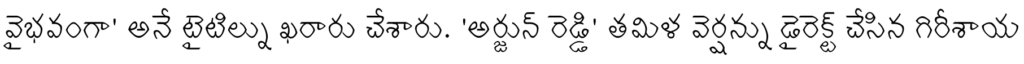
వైభవంగా' అనే టైటిల్ను ఖరారు చేశారు. 'అర్జున్ రెడ్డి' తమిళ వెర్షన్ను డైరెక్ట్ చేసిన గిరీశాయ